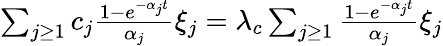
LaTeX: \begin{array}{r}{\sum_{j\geq 1}c_{j}\frac{1-e^{-\alpha_{j}t}}{\alpha_{j}}\xi_{j}=\lambda_{c}\sum_{j\geq 1}\frac{1-e^{-\alpha_{j}t}}{\alpha_{j}}\xi_{j}}\end{array}